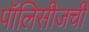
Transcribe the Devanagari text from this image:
पॉलिसीजची